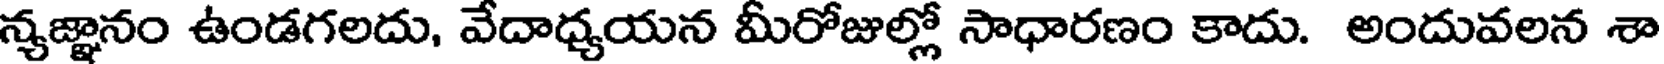
న్యజ్ఞానం ఉండగలదు, వేదాధ్యయన మీరోజుల్లో సాధారణం కాదు. అందువలన శా